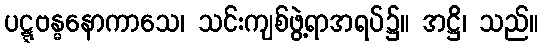
ပဋ္ဋဗန္ဓနောကာသေ၊ သင်းကျစ်ဖွဲ့ရာအရပ်၌။ အဋ္ဌိ၊ သည်။